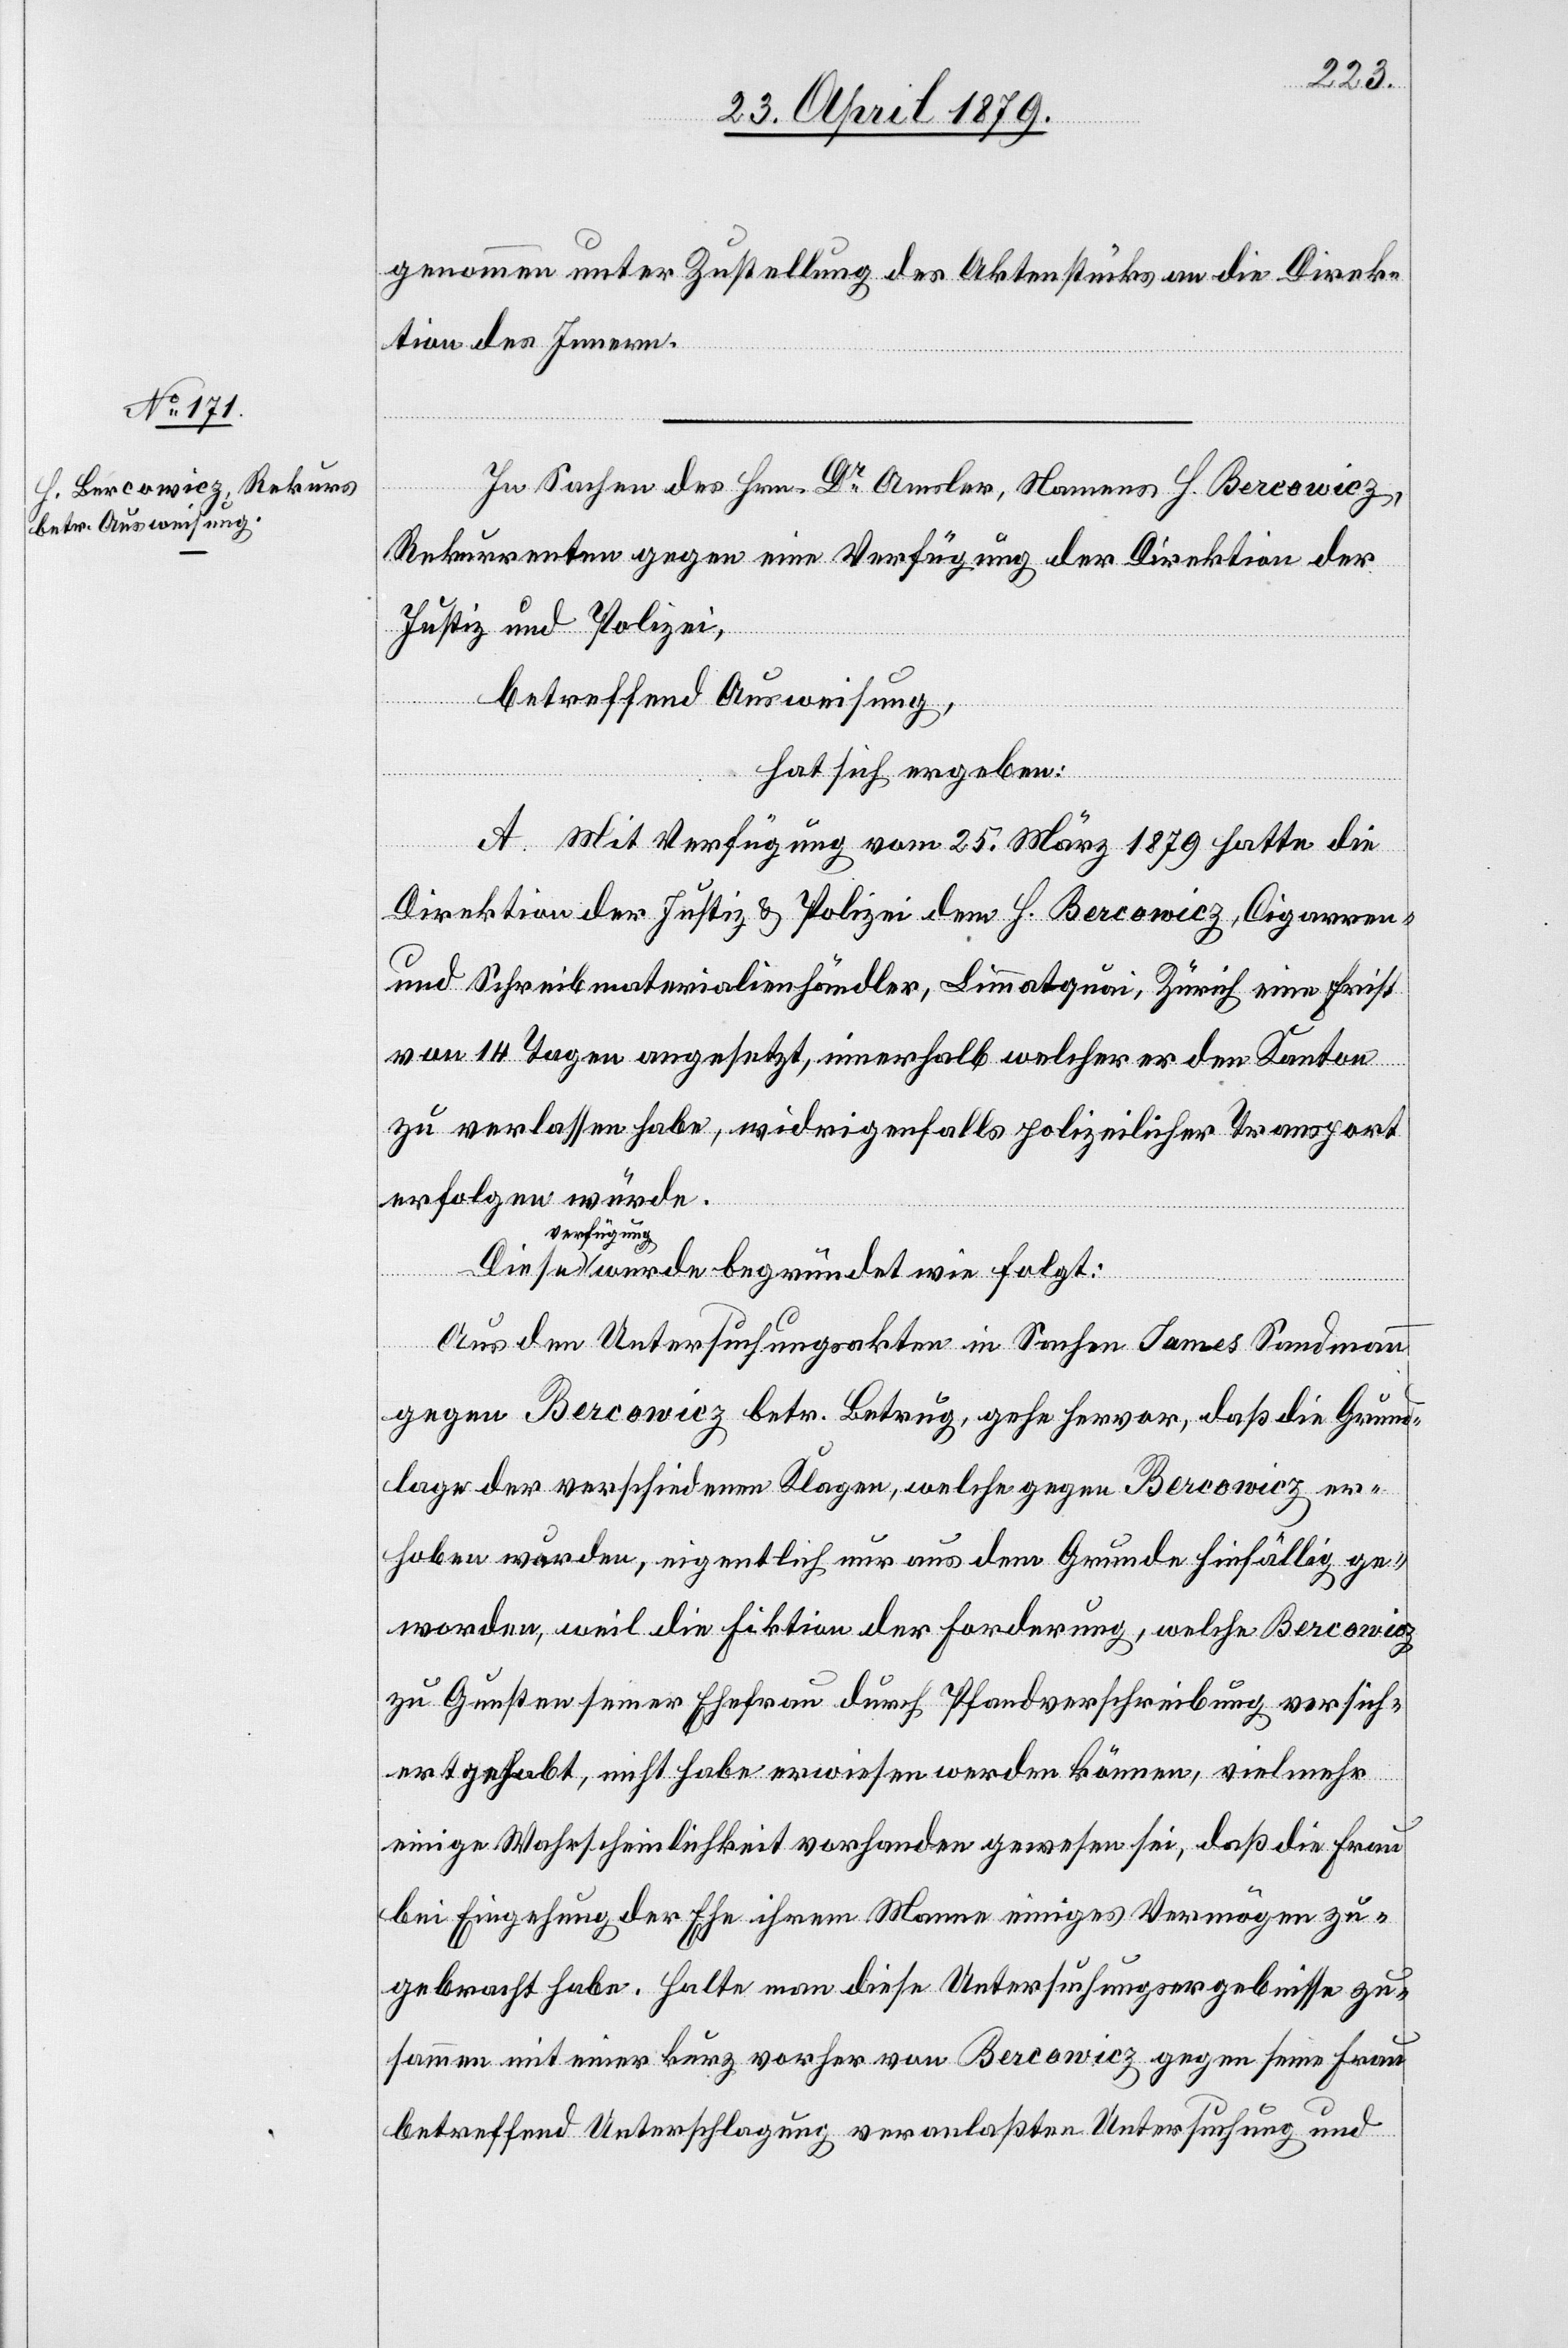
genommen unter Zustellung des Aktenstücks an die Direk¬
tion des Innern.